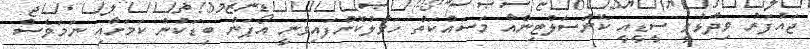
ޖައުފަރު ވިދާޅުވީ ސީޑީއީ ކޮންސަލްޓިންއާ މަސައްކަތް ހަވާލުކޮށްފައިވަނީ އޯޕަން ބިޑަކުން ކަމަށާއި ނަމަވެސް